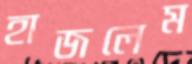
হাজলেম